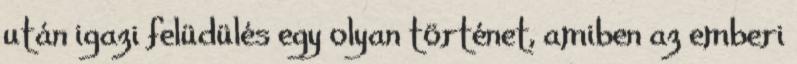
után igazi felüdülés egy olyan történet, amiben az emberi